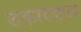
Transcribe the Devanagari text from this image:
शंकरदयाळ